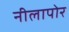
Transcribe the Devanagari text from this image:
नीलापोर